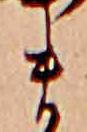
ま